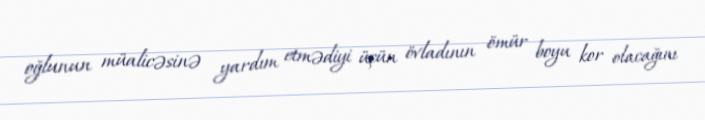
oğlunun müalicəsinə yardım etmədiyi üçün övladının ömür boyu kor olacağını